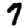
Digit: 7